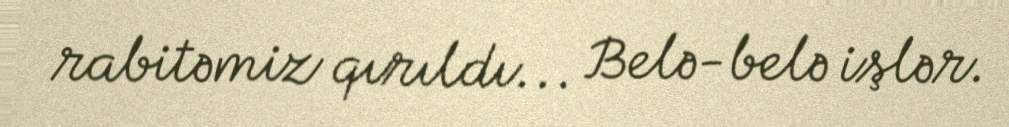
rabitəmiz qırıldı... Belə-belə işlər.